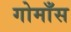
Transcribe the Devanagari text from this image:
गोमाँस